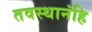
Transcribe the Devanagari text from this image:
तवस्थानंहि